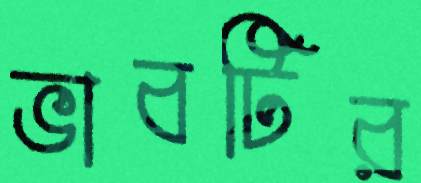
ভাবটির